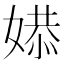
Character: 𫱔